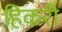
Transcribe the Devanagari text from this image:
हिकरी